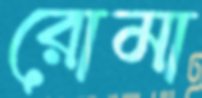
রোমা